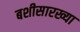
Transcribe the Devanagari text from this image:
बशीसारख्या